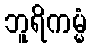
ဘူရိကမ္မံ